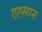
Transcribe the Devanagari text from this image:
एह्सान